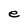
Character: e